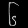
Digit: ၆